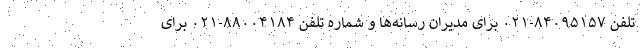
تلفن ۸۴۰۹۵۱۵۷-۰۲۱ برای مدیران رسانه‌ها و شماره تلفن ۸۸۰۰۴۱۸۴-۰۲۱ برای